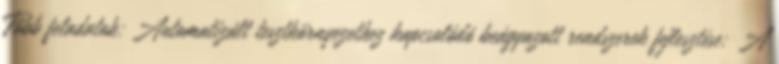
Főbb feladatok: Automatizált tesztkörnyezethez kapcsolódó beágyazott rendszerek fejlesztése; A